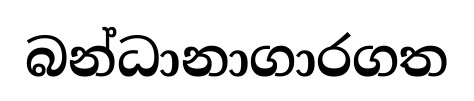
බන්ධානාගාරගත